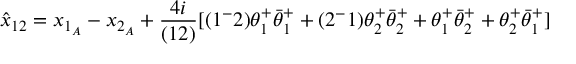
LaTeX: \hat { x } _ { 1 2 } = x _ { 1 _ { A } } - x _ { 2 _ { A } } + { \frac { 4 i } { ( 1 2 ) } } [ ( 1 ^ { - } 2 ) \theta _ { 1 } ^ { + } \bar { \theta } _ { 1 } ^ { + } + ( 2 ^ { - } 1 ) \theta _ { 2 } ^ { + } \bar { \theta } _ { 2 } ^ { + } + \theta _ { 1 } ^ { + } \bar { \theta } _ { 2 } ^ { + } + \theta _ { 2 } ^ { + } \bar { \theta } _ { 1 } ^ { + } ]